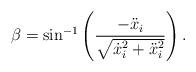
LaTeX: \begin{align*}\beta = \sin^{-1} \left( \frac{-\ddot{x}_i }{\sqrt{\dot{x}_i^2+\ddot{x}_i^2}} \right).\end{align*}